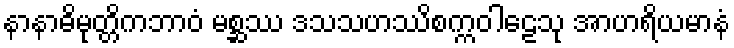
နာနာဓိမုတ္တိကဘာဝံ မစ္ဆဿ ဒသသဟဿိစက္ကဝါဠေသု အာဟရိယမာနံ